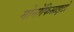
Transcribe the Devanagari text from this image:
मोनोफिसाइटों